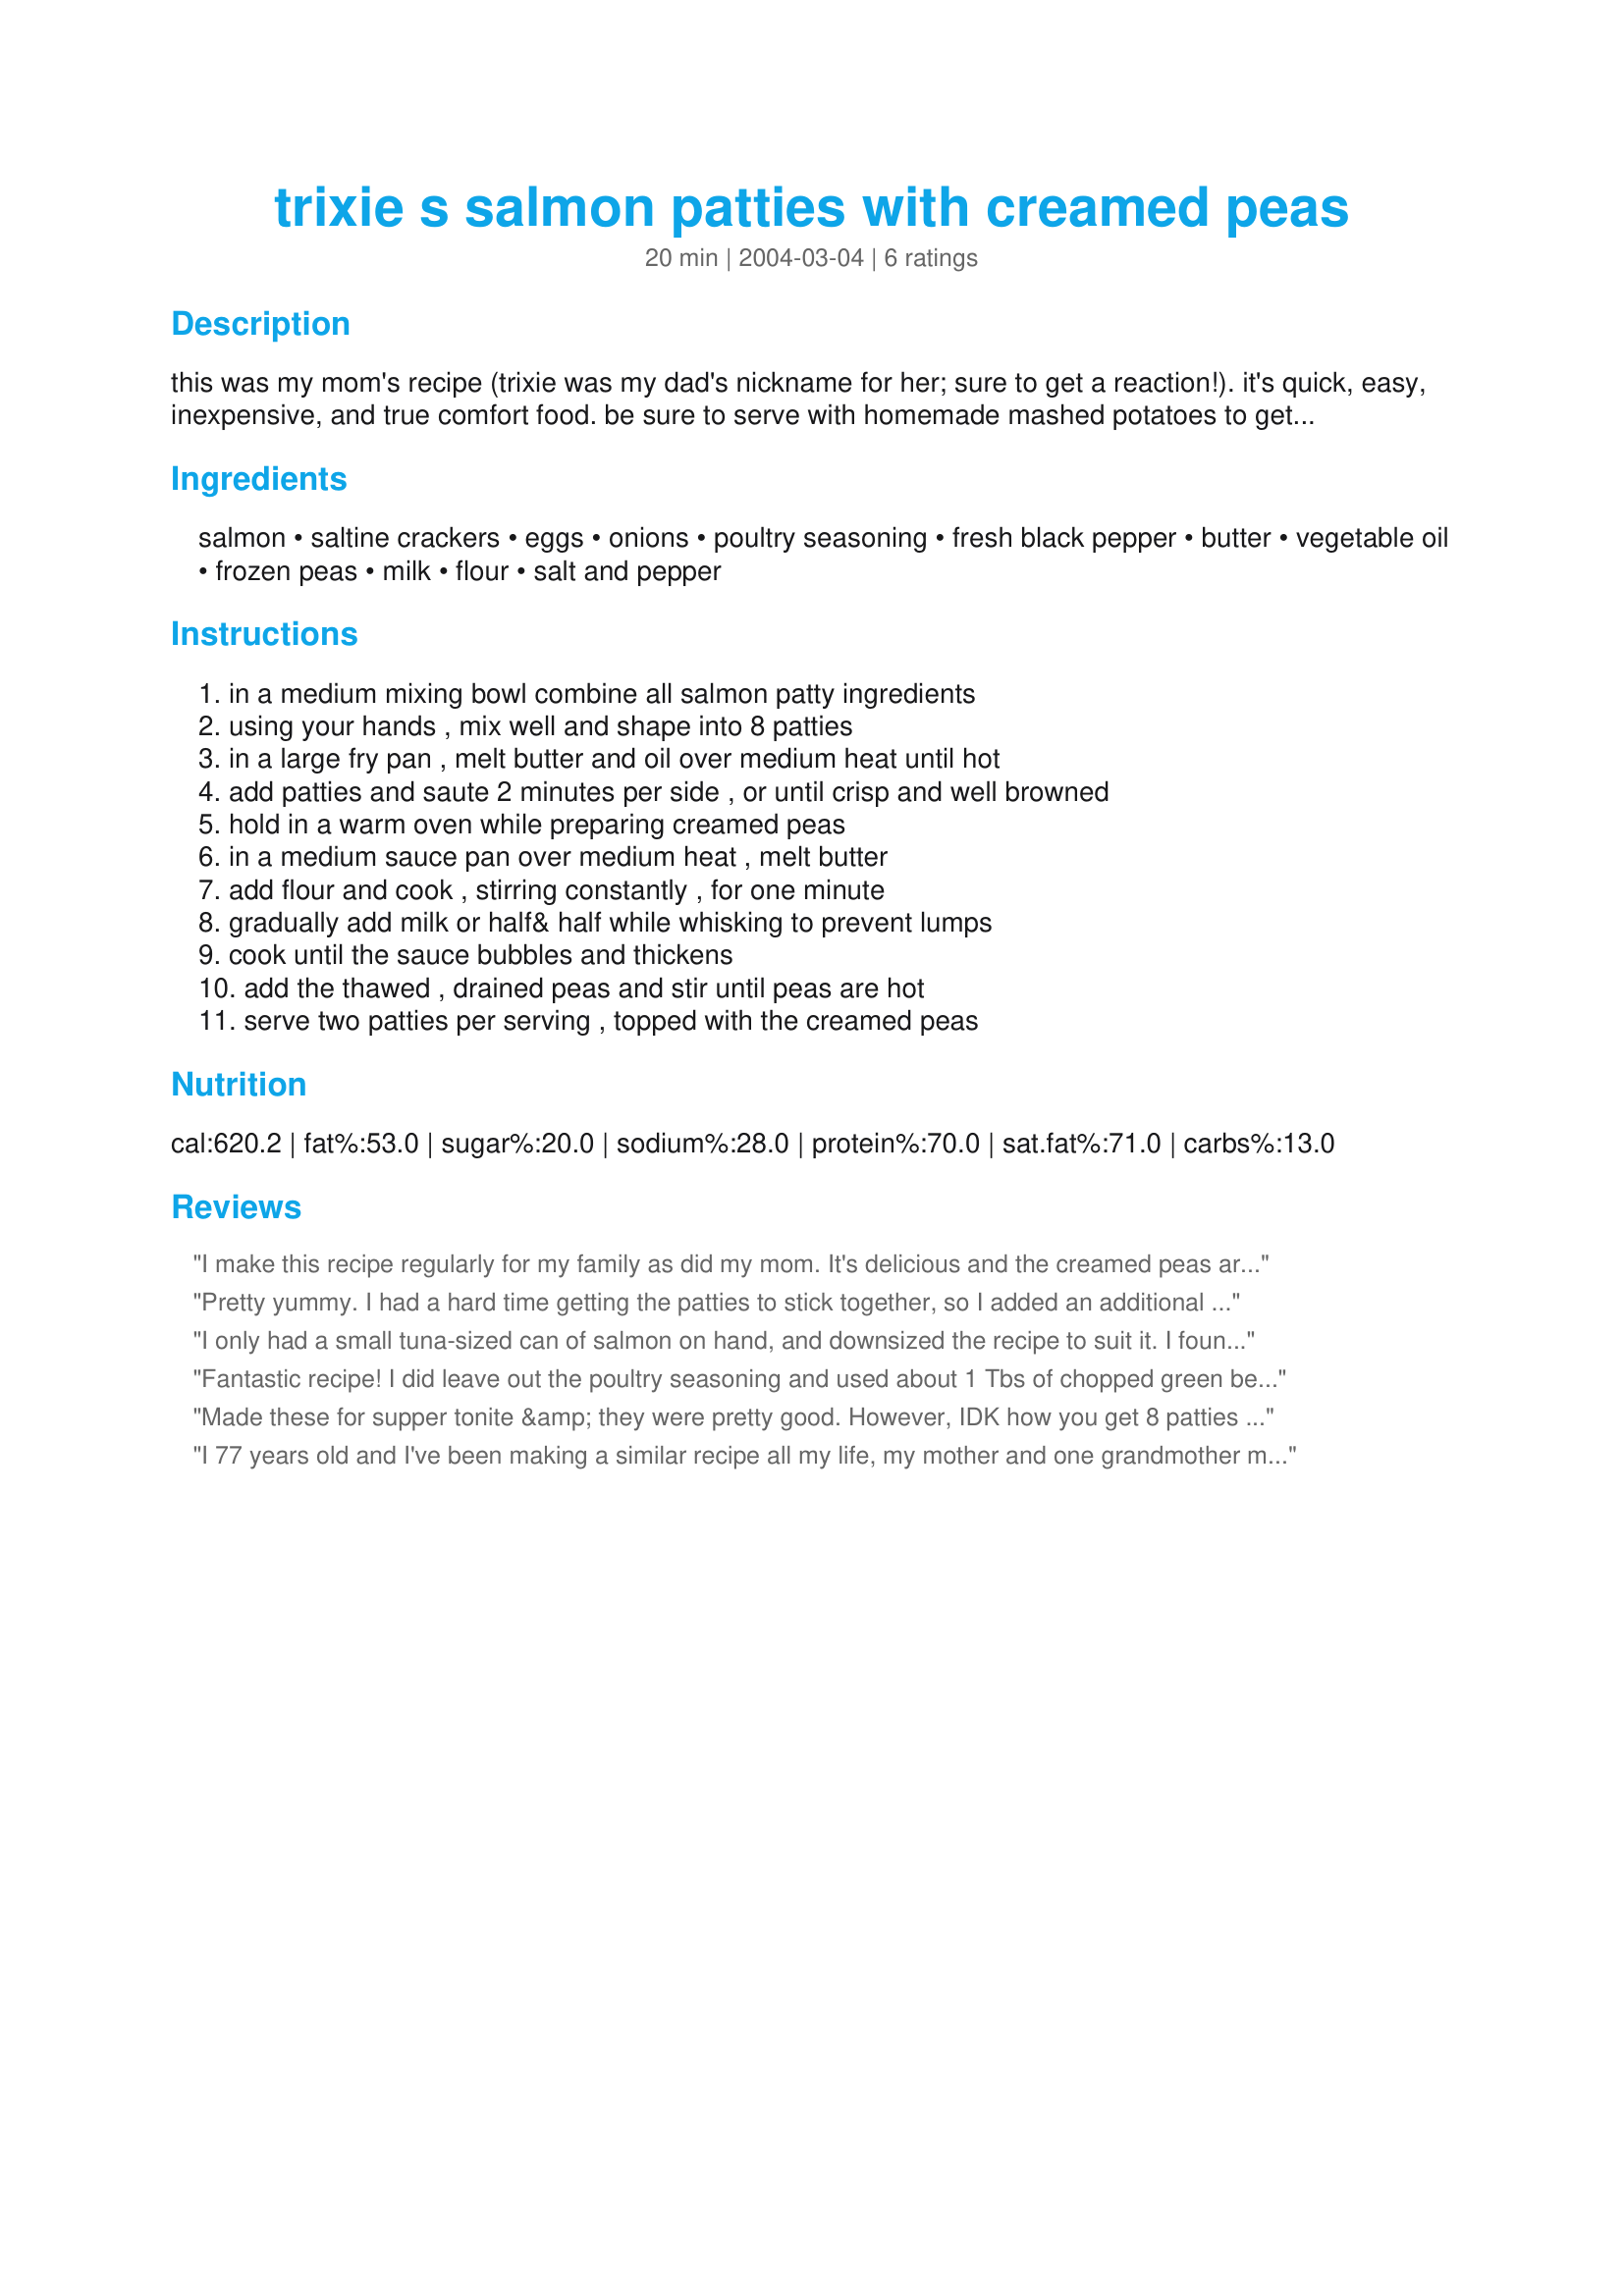
trixie s salmon patties with creamed peas
Preparation time: 20 minutes

this was my mom's recipe (trixie was my dad's nickname for her; sure to get a reaction!). it's quick, easy, inexpensive, and true comfort food. be sure to serve with homemade mashed potatoes to get the full effect.

Ingredients:
salmon, saltine crackers, eggs, onions, poultry seasoning, fresh black pepper, butter, vegetable oil, frozen peas, milk, flour, salt and pepper

Steps:
in a medium mixing bowl combine all salmon patty ingredients, using your hands , mix well and shape into 8 patties, in a large fry pan , melt butter and oil over medium heat until hot, add patties and saute 2 minutes per side , or until crisp and well browned, hold in a warm oven while preparing creamed peas, in a medium sauce pan over medium heat , melt butter, add flour and cook , stirring constantly , for one minute, gradually add milk or half& half while whisking to prevent lumps, cook until the sauce bubbles and thickens, add the thawed , drained peas and stir until peas are hot, serve two patties per serving , topped with the creamed peas

Reviews:
I make this recipe regularly for my family as did my mom. It's delicious and the creamed peas are a must!! I did make one change in that I don't like as many crackers in the mix...makes it a bit harder to form the pattie. I used 2 15 oz cans of salmon and one tube of crackers. Otherwise, all is the same. My 10 yo daughter was in heaven. :-) Pam
Pretty yummy. I had a hard time getting the patties to stick together, so I added an additional egg. Also, I didn't have any poultry seasoning, so I used Chesapeake Bay seasoning. I liked using butter to cook the patties; it gave it a nice brown. I enjoyed the peas by themselves (though a little bland) but I don't think they particularly added to the patties. I served this with a side of ziti-like noodles.. I can't remember the name right now. My one year old loved this stuff. I will probably try this again, but use a different side dish.
I only had a small tuna-sized can of salmon on hand, and downsized the recipe to suit it. I found the flavor of the salmon patties to be a bit bland, and in the future will swap out the poultry seasoning and use other seasonings. The creamed peas were a success at our dinner table and very good over herbed mashed potatoes. Overall, a nice comfort food meal that can easily be adjusted to suit our tastes. Thanks for posting.
Fantastic recipe! I did leave out the poultry seasoning and used about 1 Tbs of chopped green bell pepper. I also rolled my patties in flour before frying. Turned out great! The peas was wonderful too. Thanks for sharing your recipe!
Made these for supper tonite &amp; they were pretty good. However, IDK how you get 8 patties out of this...I got 6. I also think it could use a little more seasoning, but then that&#039;s probably just me. &lt;br/&gt;I love peas...especially creamed peas....think next time I&#039;ll add a little chopped onion. &lt;br/&gt;THANKS for sharing!!!
I 77 years old and I've been making a similar recipe all my life, my mother and one grandmother made it before me. It is always a great backup or extra company--just keep a can of salmon and some saltines on hand, and you're ready for a quick meal
